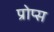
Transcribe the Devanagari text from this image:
प्रोप्स